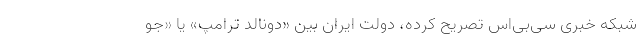
شبکه خبری سی‌بی‌اس تصریح کرده، دولت ایران بین «دونالد ترامپ» یا «جو